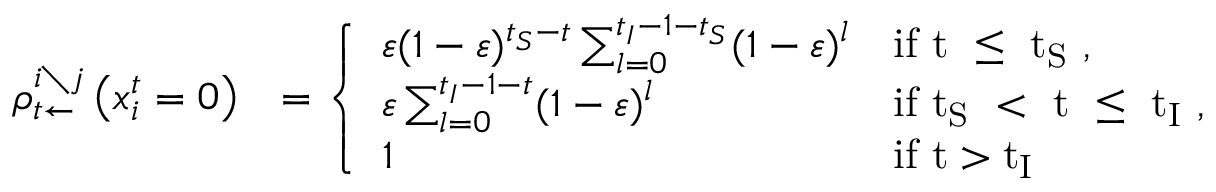
\begin{array} { r l } { \rho _ { t \leftarrow } ^ { i \setminus j } \left( x _ { i } ^ { t } = 0 \right) } & { = \left\{ \begin{array} { l l } { \varepsilon ( 1 - \varepsilon ) ^ { t _ { S } - t } \sum _ { l = 0 } ^ { t _ { I } - 1 - t _ { S } } ( 1 - \varepsilon ) ^ { l } } & { \mathrm { i f ~ t ~ \leq ~ t _ S ~ } , } \\ { \varepsilon \sum _ { l = 0 } ^ { t _ { I } - 1 - t } ( 1 - \varepsilon ) ^ { l } } & { \mathrm { i f ~ t _ S ~ < ~ t ~ \leq ~ t _ I ~ } , } \\ { 1 } & { \mathrm { i f ~ t > t _ I ~ } } \end{array} \right. } \end{array}